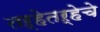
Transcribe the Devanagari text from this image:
तऱ्हेतऱ्हेचे